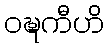
ဝဍ္ဎကီဟိ